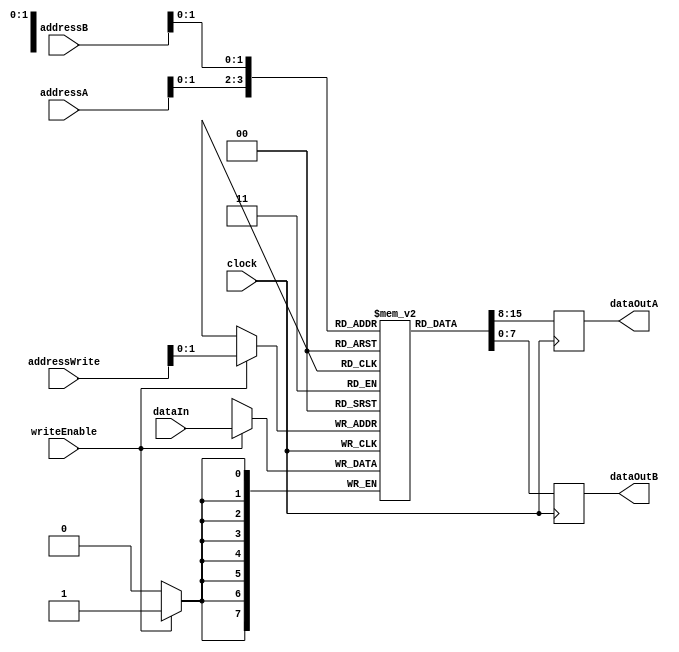
module RegisterFile (
    input wire [2:0] addressA, addressB, // Address inputs for read operation
    input wire [2:0] addressWrite,        // Address input for write operation
    input wire writeEnable,               // Write enable signal
    input wire clock,                      // Clock signal
    
    input wire [7:0] dataIn,               // Data input for write operation
    
    output reg [7:0] dataOutA, dataOutB     // Data outputs for read operation
);

reg [7:0] registers [0:3]; // Array of 4 8-bit registers

always @(posedge clock) begin
    if (writeEnable) begin
        registers[addressWrite] <= dataIn; // Write data into the selected register
    end
    
    dataOutA <= registers[addressA]; // Read data from register at addressA
    dataOutB <= registers[addressB]; // Read data from register at addressB
end

endmodule